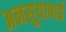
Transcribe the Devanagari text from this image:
अनसूयाबाई